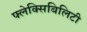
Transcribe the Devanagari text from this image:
फ्लेक्सिबिलिटी